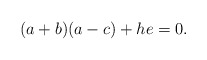
\begin{align*}(a+b)(a-c)+h e =0.\end{align*}